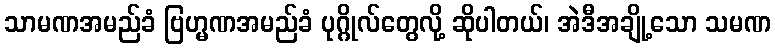
သာမဏအမည်ခံ ဗြဟ္မဏအမည်ခံ ပုဂ္ဂိုလ်တွေလို့ ဆိုပါတယ်၊ အဲဒီအချို့သော သမဏ